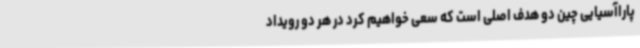
پاراآسیایی چین دو هدف اصلی است که سعی خواهیم کرد در هر دو رویداد